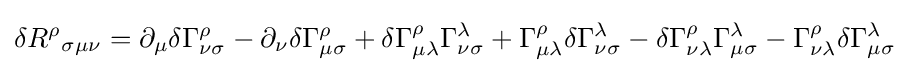
\delta {R^{\rho }}_{\sigma \mu \nu }=\partial _{\mu }\delta \Gamma _{\nu \sigma }^{\rho }-\partial _{\nu }\delta \Gamma _{\mu \sigma }^{\rho }+\delta \Gamma _{\mu \lambda }^{\rho }\Gamma _{\nu \sigma }^{\lambda }+\Gamma _{\mu \lambda }^{\rho }\delta \Gamma _{\nu \sigma }^{\lambda }-\delta \Gamma _{\nu \lambda }^{\rho }\Gamma _{\mu \sigma }^{\lambda }-\Gamma _{\nu \lambda }^{\rho }\delta \Gamma _{\mu \sigma }^{\lambda }